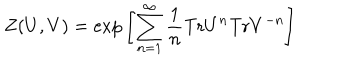
LaTeX: Z ( U , V ) = { \mathrm { e x p } } \left[ \sum _ { n = 1 } ^ { \infty } \frac { 1 } { n } { \mathrm { T r } } U ^ { n } { \mathrm { T r } } V ^ { - n } \right]